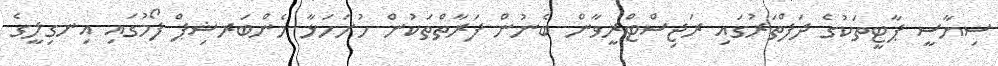
ސިޔާސީ ޕާޓީތަކުގެ ދަފްތަރުގައި ރަޖިސްޓްރީވާން ބެނުން ފަރާތްތަކުން ހުށަހަޅާ މެންބަރޝިޕް ފޯމުގައި އިނގިލީގެ